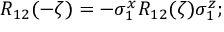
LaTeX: R _ { 1 2 } ( - \zeta ) = - \sigma _ { 1 } ^ { x } R _ { 1 2 } ( \zeta ) \sigma _ { 1 } ^ { z } ;